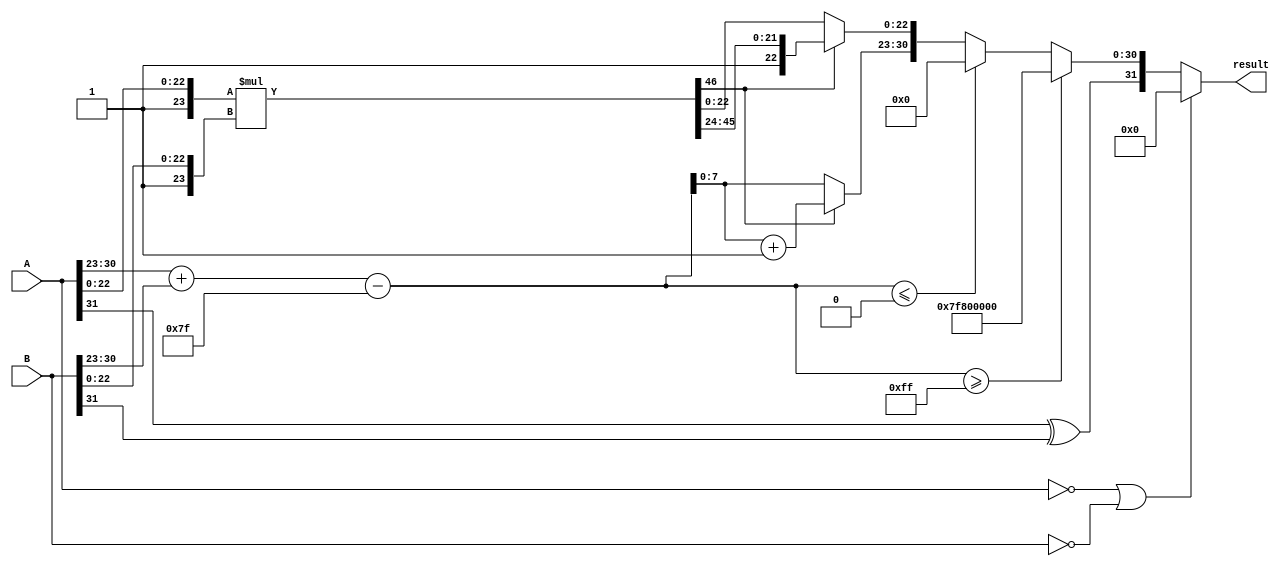
module floating_point_multiplier (
    input [31:0] A, // First floating-point input
    input [31:0] B, // Second floating-point input
    output reg [31:0] result // Result of the multiplication
);

    // Constants
    localparam BIAS = 127;
    localparam EXPONENT_WIDTH = 8;
    localparam MANTISSA_WIDTH = 23;
    localparam TOTAL_WIDTH = 32;
    
    // Decompose inputs
    wire sign_A = A[31];
    wire sign_B = B[31];
    wire [EXPONENT_WIDTH-1:0] exp_A = A[30:23];
    wire [EXPONENT_WIDTH-1:0] exp_B = B[30:23];
    wire [MANTISSA_WIDTH-1:0] frac_A = A[22:0];
    wire [MANTISSA_WIDTH-1:0] frac_B = B[22:0];

    // Sign calculation
    wire sign_result = sign_A ^ sign_B;

    // Exponent calculation
    wire [EXPONENT_WIDTH:0] exp_result = exp_A + exp_B - BIAS;

    // Mantissa multiplication
    wire [MANTISSA_WIDTH*2:0] frac_result = {1'b1, frac_A} * {1'b1, frac_B}; // Include implicit leading 1

    // Normalize mantissa and adjust exponent
    reg [EXPONENT_WIDTH-1:0] normalized_exp;
    reg [MANTISSA_WIDTH:0] normalized_frac;
    reg [EXPONENT_WIDTH:0] final_exp;
    
    always @(*) begin
        // Default values
        normalized_exp = 0;
        normalized_frac = 0;
        final_exp = 0;

        // Check for zero inputs
        if (A == 0 || B == 0) begin
            result = 32'b0; // Result is zero
        end else if (exp_result >= 255) begin
            // Overflow: set to infinity
            result = {sign_result, 8'b11111111, 23'b0};
        end else if (exp_result <= 0) begin
            // Underflow: set to zero
            result = {sign_result, 8'b0, 23'b0};
        end else begin
            // Normalize the result
            if (frac_result[MANTISSA_WIDTH*2]) begin
                // Result is in the range [2, 4)
                normalized_frac = frac_result[MANTISSA_WIDTH*2:MANTISSA_WIDTH+1]; // Shift right
                normalized_exp = exp_result + 1; // Increment exponent
            end else begin
                // Result is in the range [1, 2)
                normalized_frac = frac_result[MANTISSA_WIDTH-1:0]; // Keep it as is
                normalized_exp = exp_result;
            end
            
            // Assemble final result
            result = {sign_result, normalized_exp[7:0], normalized_frac[MANTISSA_WIDTH-1:0]};
        end
    end
endmodule